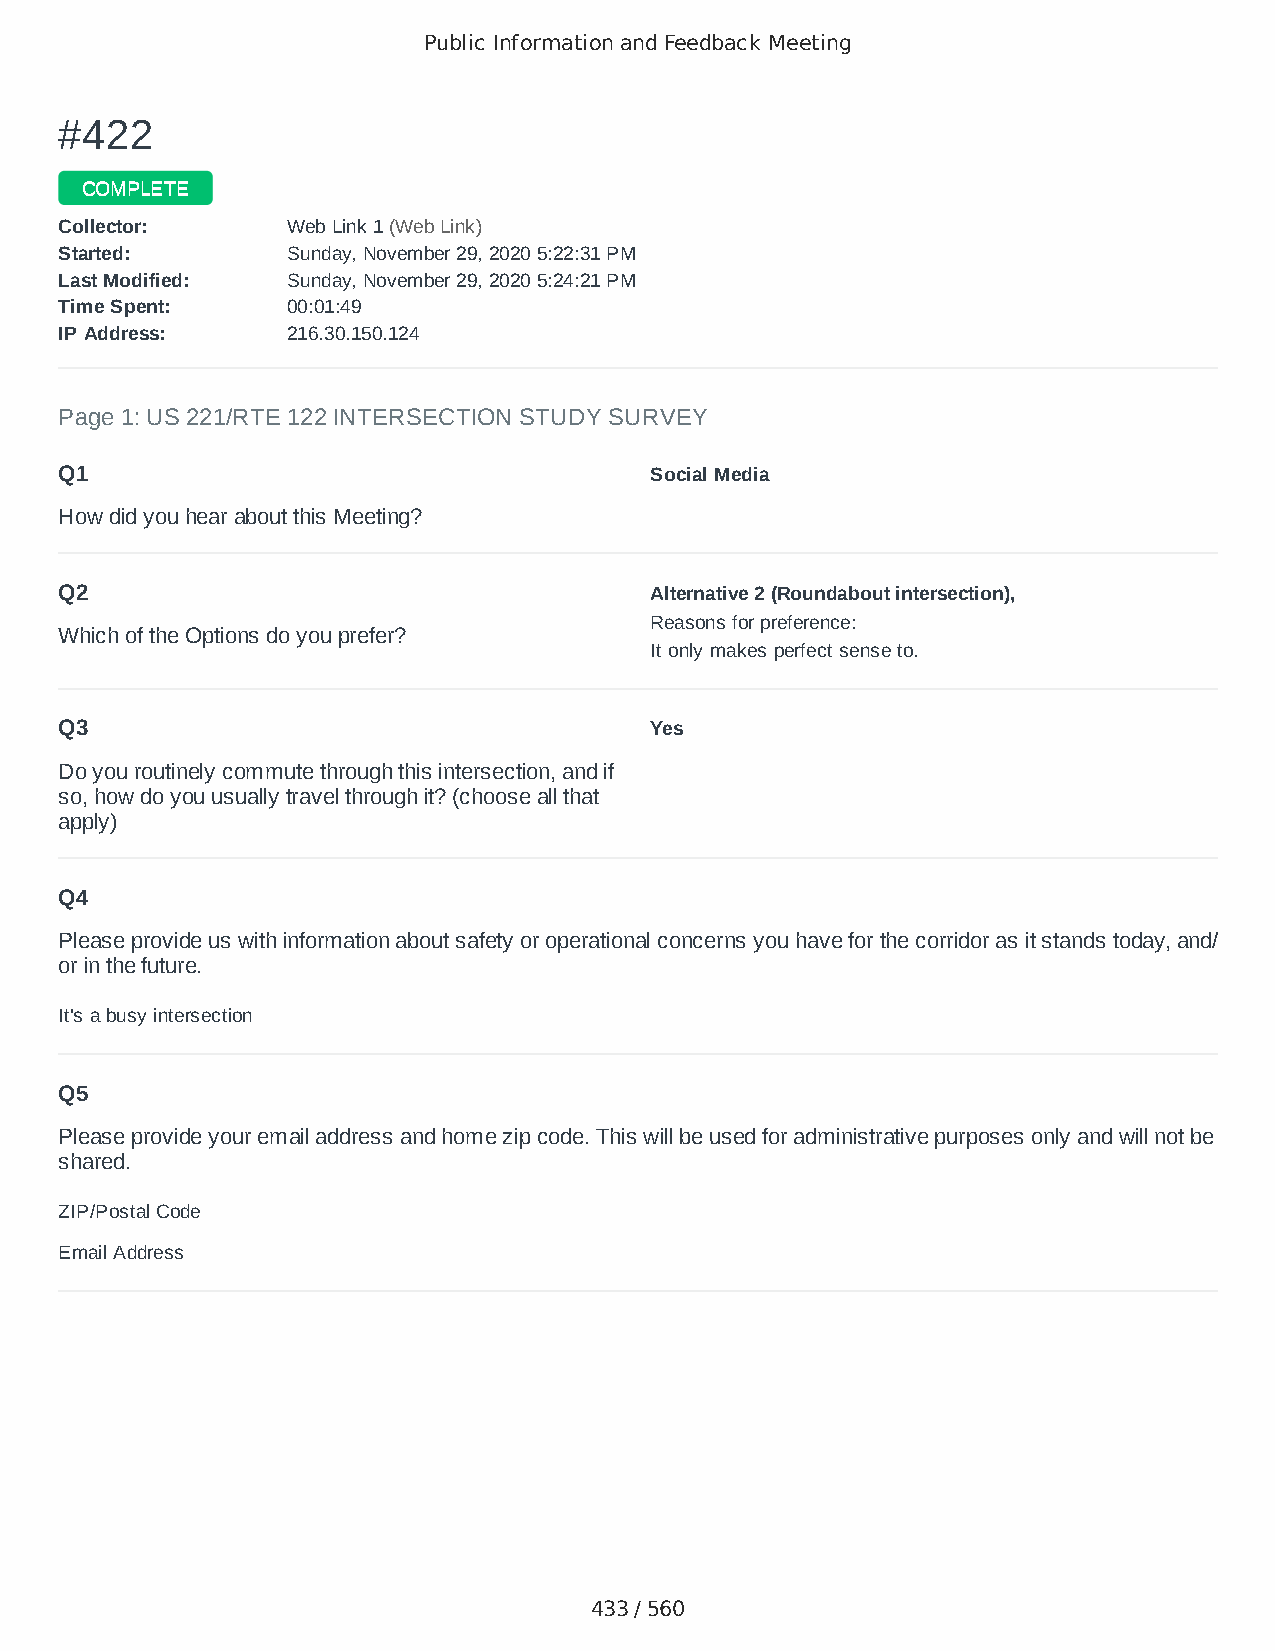
Public Information and Feedback Meeting
 ##442222
 CCOOMMPPLLEETTEE
 CCoolllleeccttoorr:: WWeebb LLiinnkk 11 ((WWeebb LLiinnkk))
 SSttaarrtteedd:: SSuunnddaayy,, NNoovveemmbbeerr 2299,, 22002200 55::2222::3311 PPMM
 LLaasstt MMooddiiffiieedd:: SSuunnddaayy,, NNoovveemmbbeerr 2299,, 22002200 55::2244::2211 PPMM
 TTiimmee SSppeenntt:: 0000::0011::4499
 IIPP AAddddrreessss:: 221166..3300..115500..112244
 Page 1: US 221/RTE 122 INTERSECTION STUDY SURVEY
 Q1                                     Social Media
 How did you hear about this Meeting?
 Q2                                     Alternative 2 (Roundabout intersection),
 Reasons for preference:
 Which of the Options do you prefer?
 It only makes perfect sense to.
 Q3                                     Yes
 Do you routinely commute through this intersection, and if
 so, how do you usually travel through it? (choose all that
 apply)
 Q4
 Please provide us with information about safety or operational concerns you have for the corridor as it stands today, and/
 or in the future.
 It's a busy intersection
 Q5
 Please provide your email address and home zip code. This will be used for administrative purposes only and will not be
 shared.
 ZIP/Postal Code                        24523
 Email Address                          m3gzee@gmail.com
 433 / 560